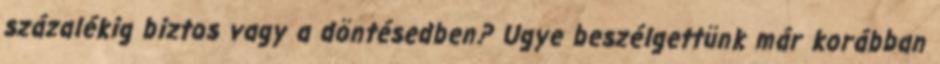
százalékig biztos vagy a döntésedben? Ugye beszélgettünk már korábban